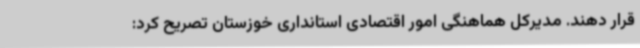
قرار دهند. مدیرکل هماهنگی امور اقتصادی استانداری خوزستان تصریح کرد: